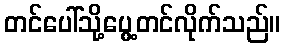
တင်ပေါ်သို့ပွေ့တင်လိုက်သည်။